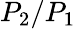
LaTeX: P_{2}/P_{1}